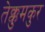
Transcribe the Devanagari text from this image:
तेक्कुमकुर